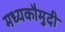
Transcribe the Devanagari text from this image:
मध्यकौमुदी